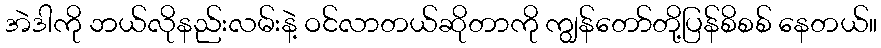
အဲဒါကို ဘယ်လိုနည်းလမ်းနဲ့ ဝင်လာတယ်ဆိုတာကို ကျွန်တော်တို့ပြန်စိစစ် နေတယ်။